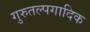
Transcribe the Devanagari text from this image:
गुरुतल्पगादिक